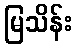
မြသိန်း